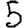
Digit: 5